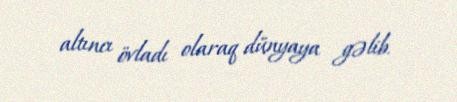
altıncı övladı olaraq dünyaya gəlib.